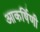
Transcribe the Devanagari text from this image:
आकर्षिणी